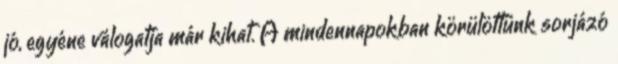
jó, egyéne válogatja már kihat. A mindennapokban körülöttünk sorjázó